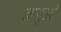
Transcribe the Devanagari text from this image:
कर्ट्ज़